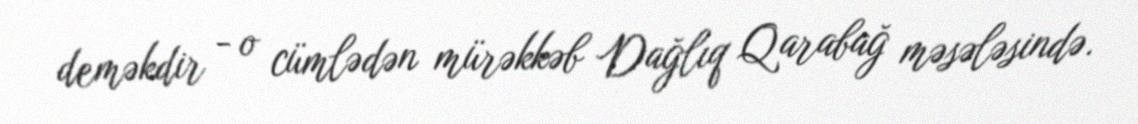
deməkdir - o cümlədən mürəkkəb Dağlıq Qarabağ məsələsində.